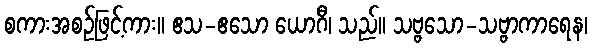
စကားအစဉ်ဖြင့်ကား။ ဧသ-ဧသော ယောဂီ၊ သည်။ သဗ္ဗသော-သဗ္ဗာကာရေန၊